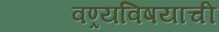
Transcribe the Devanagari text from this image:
वण्र्यविषयाची